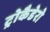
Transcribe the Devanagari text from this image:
ट्रोकैडेरो